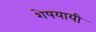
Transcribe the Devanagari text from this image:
शेषयायी